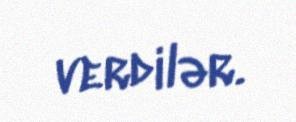
verdilər.